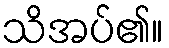
သိအပ်၏။